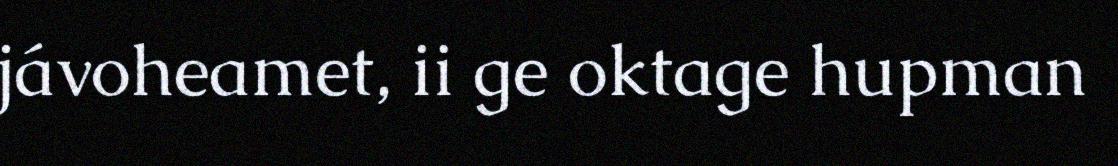
jávoheamet, ii ge oktage hupman